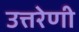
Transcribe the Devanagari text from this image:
उत्तरेणी